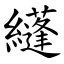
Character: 纄